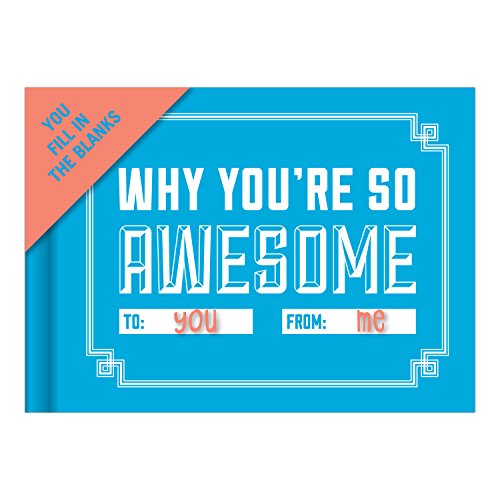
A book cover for Knock Knock Why You're So Awesome Fill-In-The-Blank Journal; Knock Knock; Crafts, Hobbies & Home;